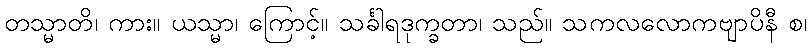
တသ္မာတိ၊ ကား။ ယသ္မာ၊ ကြောင့်။ သင်္ခါရဒုက္ခတာ၊ သည်။ သကလလောကဗျာပိနီ စ၊